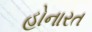
હોનારત